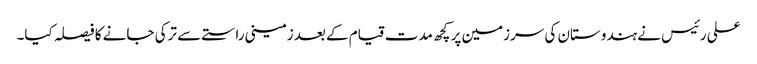
علی رئیس نے ہندوستان کی سرزمین پر کچھ مدت قیام کے بعد زمینی راستے سے ترکی جانے کا فیصلہ کیا۔